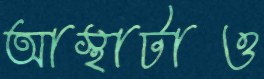
আস্থাটাও